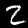
Digit: 2